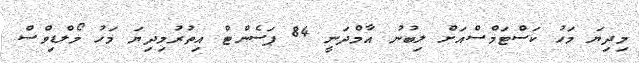
މިދިޔަ މަހު ކަސްޓަމްސްއަށް ލިބުނު އާމްދަނީ 84 ޕަސެންޓް އިތުރުމިދިޔަ މަހު މޯލްޑިވްސް